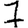
Digit: 7